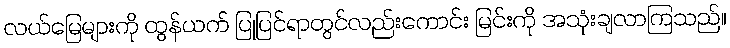
လယ်မြေများကို ထွန်ယက် ပြုပြင်ရာတွင်လည်းကောင်း မြင်းကို အသုံးချလာကြသည်။